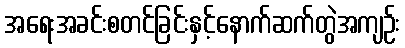
အရေးအခင်းစတင်ခြင်းနှင့်နောက်ဆက်တွဲအကျဉ်း